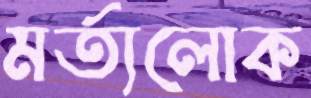
মর্ত্যলোক